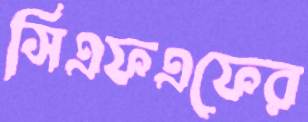
সিএফএফের